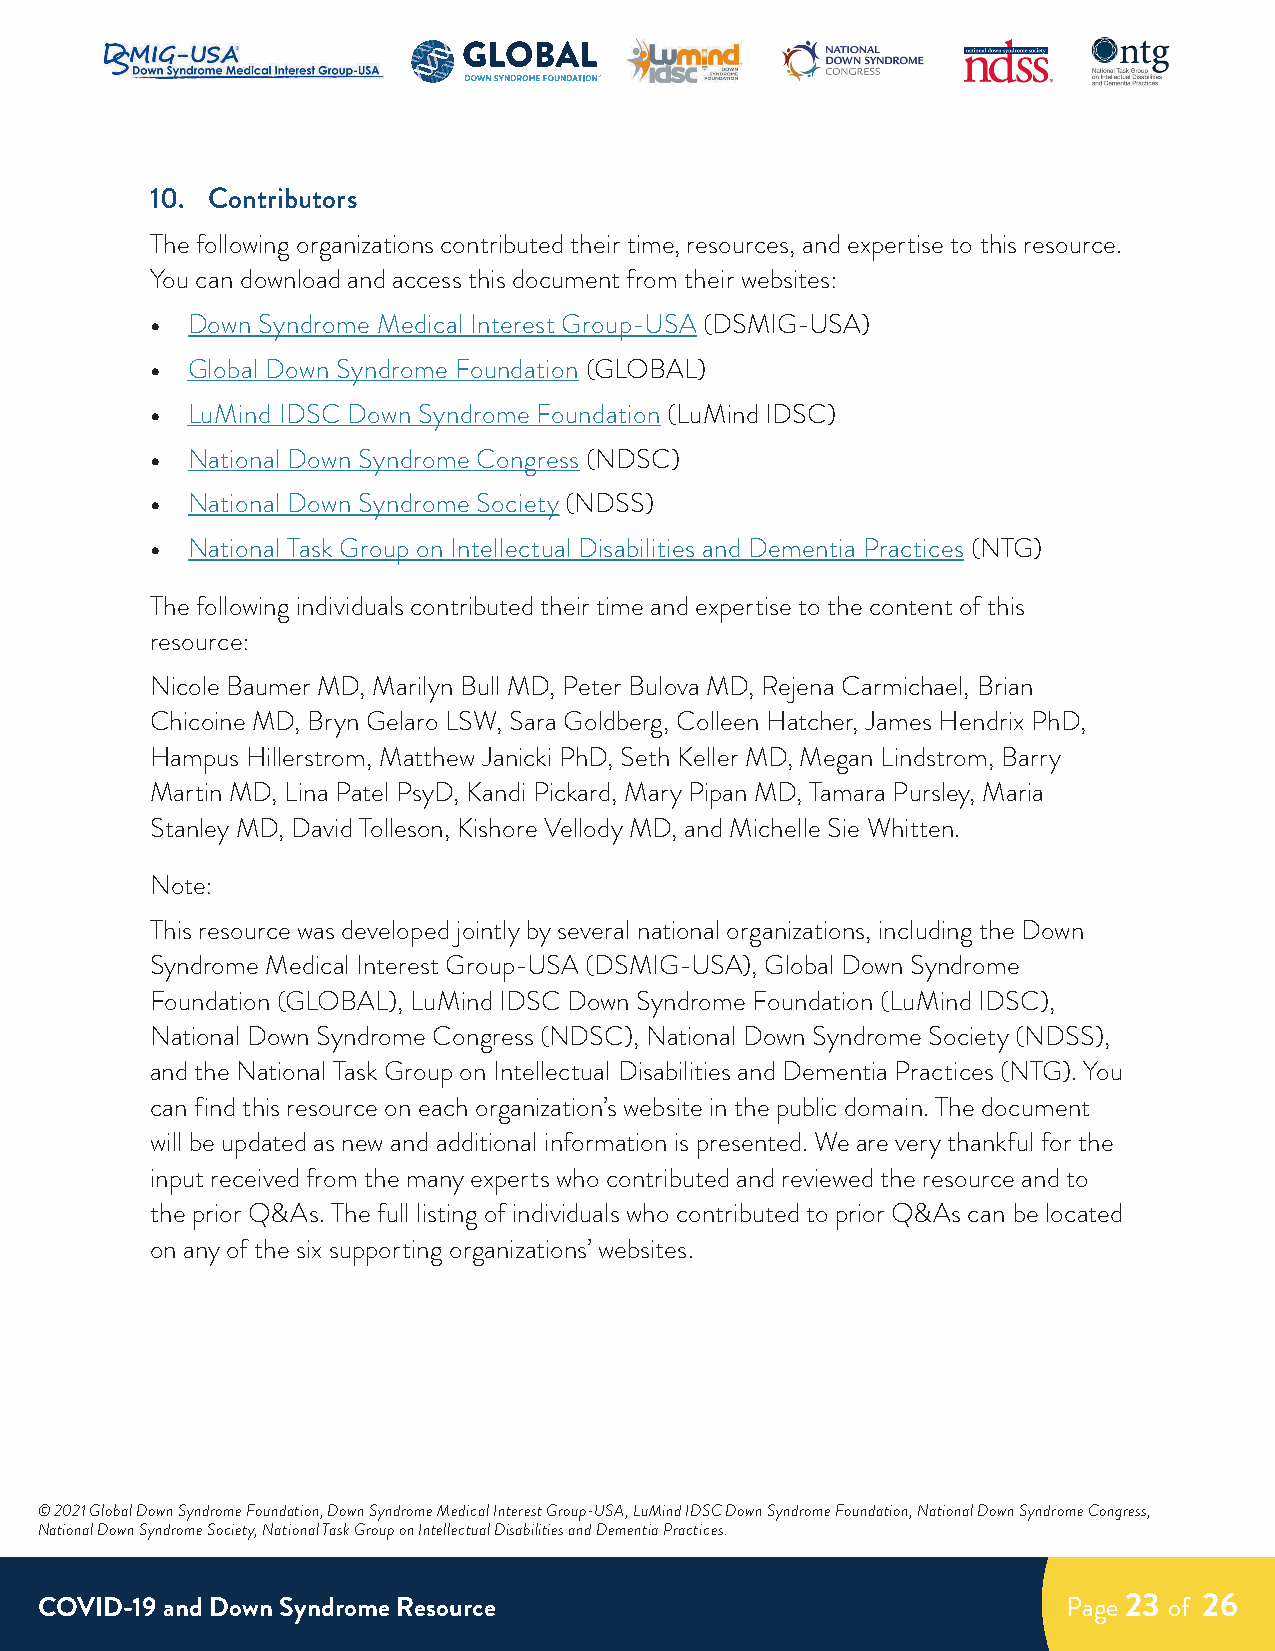
10. Contributors
 The following organizations contributed their time, resources, and expertise to this resource.
 You can download and access this document from their websites:
 • Down Syndrome Medical Interest Group-USA (DSMIG-USA)
 • Global Down Syndrome Foundation (GLOBAL)
 • LuMind IDSC Down Syndrome Foundation (LuMind IDSC)
 • National Down Syndrome Congress (NDSC)
 • National Down Syndrome Society (NDSS)
 • National Task Group on Intellectual Disabilities and Dementia Practices (NTG)
 The following individuals contributed their time and expertise to the content of this
 resource:
 Nicole Baumer MD, Marilyn Bull MD, Peter Bulova MD, Rejena Carmichael, Brian
 Chicoine MD, Bryn Gelaro LSW, Sara Goldberg, Colleen Hatcher, James Hendrix PhD,
 Hampus Hillerstrom, Matthew Janicki PhD, Seth Keller MD, Megan Lindstrom, Barry
 Martin MD, Lina Patel PsyD, Kandi Pickard, Mary Pipan MD, Tamara Pursley, Maria
 Stanley MD, David Tolleson, Kishore Vellody MD, and Michelle Sie Whitten.
 Note:
 This resource was developed jointly by several national organizations, including the Down
 Syndrome Medical Interest Group-USA (DSMIG-USA), Global Down Syndrome
 Foundation (GLOBAL), LuMind IDSC Down Syndrome Foundation (LuMind IDSC),
 National Down Syndrome Congress (NDSC), National Down Syndrome Society (NDSS),
 and the National Task Group on Intellectual Disabilities and Dementia Practices (NTG). You
 can find this resource on each organization’s website in the public domain. The document
 will be updated as new and additional information is presented. We are very thankful for the
 input received from the many experts who contributed and reviewed the resource and to
 the prior Q&As. The full listing of individuals who contributed to prior Q&As can be located
 on any of the six supporting organizations’ websites.
 © 2021 Global Down Syndrome Foundation, Down Syndrome Medical Interest Group-USA, LuMind IDSC Down Syndrome Foundation, National Down Syndrome Congress,
 National Down Syndrome Society, National Task Group on Intellectual Disabilities and Dementia Practices.
 COVID-19 and Down Syndrome Resource                                  Page 23 of 26